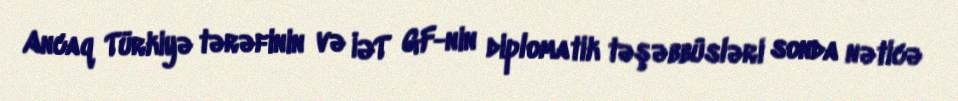
Ancaq Türkiyə tərəfinin və İƏT GF-nin diplomatik təşəbbüsləri sonda nəticə